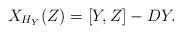
LaTeX: \begin{align*} X_{H_Y}(Z) = [Y,Z] - DY.\end{align*}